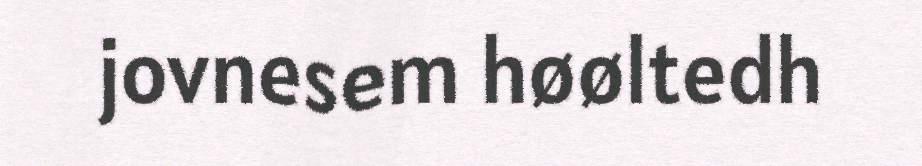
jovnesem høøltedh